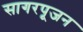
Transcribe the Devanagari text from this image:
सागरपूजन